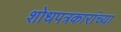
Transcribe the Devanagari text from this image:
शोधपत्रकारांच्या